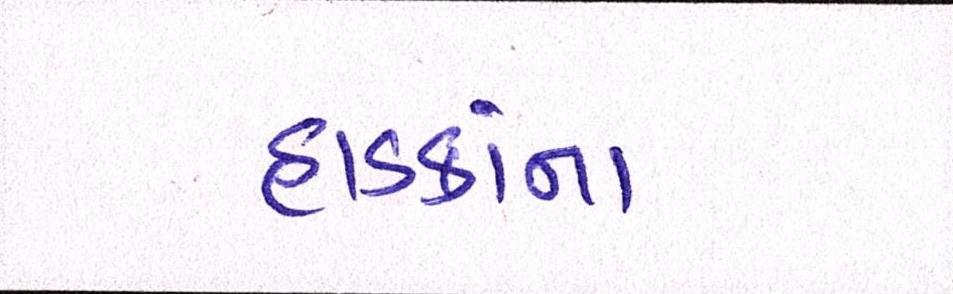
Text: હાડકાંના